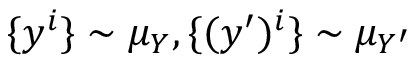
\{ y ^ { i } \} \sim \mu _ { Y } , \{ ( y ^ { \prime } ) ^ { i } \} \sim \mu _ { Y ^ { \prime } }